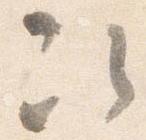
次